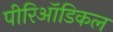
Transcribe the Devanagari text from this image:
पीरिऑडिकल